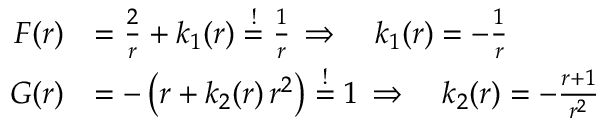
\begin{array} { r l } { F ( r ) } & { = \frac { 2 } { r } + k _ { 1 } ( r ) \overset { ! } { = } \frac { 1 } { r } \, \Rightarrow \quad k _ { 1 } ( r ) = - \frac { 1 } { r } } \\ { G ( r ) } & { = - \left( r + k _ { 2 } ( r ) \, r ^ { 2 } \right) \overset { ! } { = } 1 \, \Rightarrow \quad k _ { 2 } ( r ) = - { \frac { r + 1 } { { r } ^ { 2 } } } } \end{array}